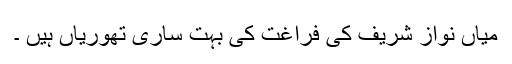
میاں نواز شریف کی فراغت کی بہت ساری تھوریاں ہیں ۔